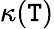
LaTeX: \kappa(\mathtt{T})